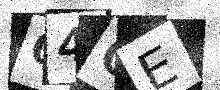
Text: 04OE